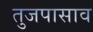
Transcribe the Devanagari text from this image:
तुजपासाव